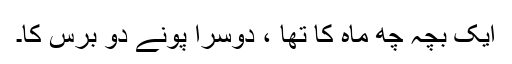
ایک بچہ چھ ماہ کا تھا ، دوسرا پونے دو برس کا۔